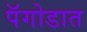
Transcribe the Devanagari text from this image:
पॅगोडात